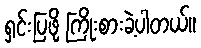
ရှင်းပြဖို့ ကြိုးစားခဲ့ပါတယ်။